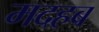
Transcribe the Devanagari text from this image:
मदहब